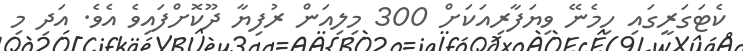
ކެޓަގަރީގައި ހިމެނޭ ވިޔަފާރިއަކަށް 300 މިލިއަން ރުފިޔާ ދޫކޮށްފައިވެ އެވެ. އަދި މި